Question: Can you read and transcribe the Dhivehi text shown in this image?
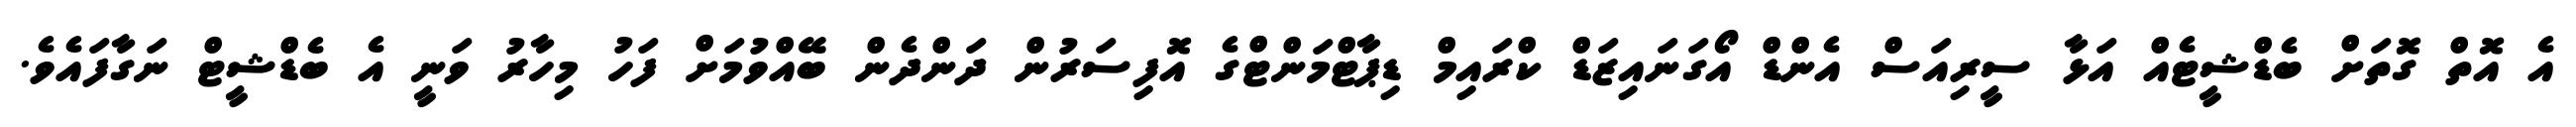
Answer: އެ އޮތް ގޮތަށް ބެޑްޝީޓެއް އަޅާ ސީރިއަސް އެންޑް އޯގަނައިޒަޑް ކްރައިމް ޑިޕާޓްމަންޓްގެ އޮފިސަރުން ދަންދެން ބޭއްވުމަށް ފަހު މިހާރު ވަނީ އެ ބެޑްޝީޓް ނަގާފައެވެ.